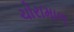
ચોરામાળ